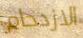
الازدحام